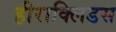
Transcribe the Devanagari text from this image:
हीराक्लिडस